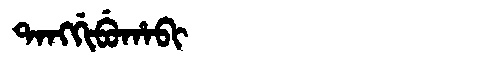
Manchu: ᡨᠠᠩᡤᡳᠪᡠᡥᠠᠪᡳ
Romanization: TANGGIBUHABI